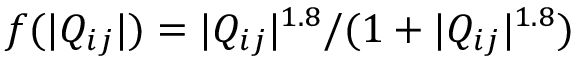
f ( | Q _ { i j } | ) = | Q _ { i j } | ^ { 1 . 8 } / ( 1 + | Q _ { i j } | ^ { 1 . 8 } )